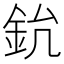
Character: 𨥡